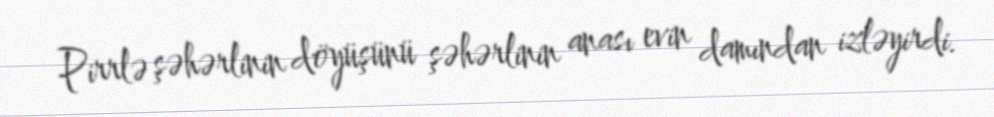
Pirrlə şəhərlinin döyüşünü şəhərlinin anası evin damından izləyirdi.